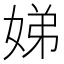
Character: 娣